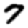
Digit: 7